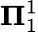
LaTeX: \mathbf{\Pi}_{1}^{1}